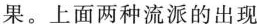
果。上面两种流派的出现